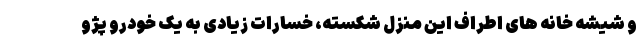
و شیشه خانه های اطراف این منزل شکسته، خسارات زیادی به یک خودرو پژو